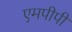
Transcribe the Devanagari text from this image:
एमपीपी